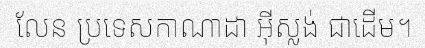
លែន ប្រទេសកាណាដា អ៊ីស្លង់ ជាដើម។